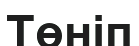
Төніп